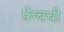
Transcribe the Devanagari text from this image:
फ्रेंचची